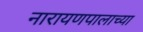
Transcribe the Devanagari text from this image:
नारायणपालाच्या